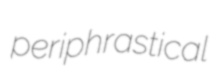
periphrastical